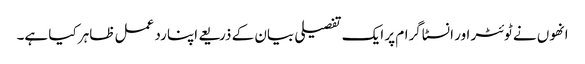
انھوں نے ٹوئٹر اور انسٹاگرام پر ایک تفصیلی بیان کے ذریعے اپنا رد عمل ظاہر کیا ہے۔